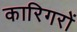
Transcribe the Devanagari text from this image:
कारिगरों